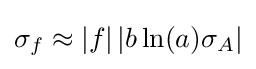
\sigma _{f}\approx \left|f\right|\left|b\ln(a)\sigma _{A}\right|